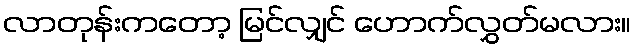
လာတုန်းကတော့ မြင်လျှင် ဟောက်လွှတ်မလား။